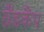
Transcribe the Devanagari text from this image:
ग्रैंडकैंप